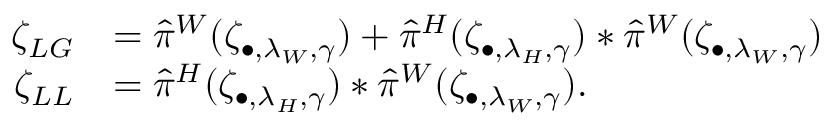
\begin{array} { r l } { \zeta _ { L G } } & { = \hat { \pi } ^ { W } ( \zeta _ { \bullet , \lambda _ { W } , \gamma } ) + \hat { \pi } ^ { H } ( \zeta _ { \bullet , \lambda _ { H } , \gamma } ) * \hat { \pi } ^ { W } ( \zeta _ { \bullet , \lambda _ { W } , \gamma } ) } \\ { \zeta _ { L L } } & { = \hat { \pi } ^ { H } ( \zeta _ { \bullet , \lambda _ { H } , \gamma } ) * \hat { \pi } ^ { W } ( \zeta _ { \bullet , \lambda _ { W } , \gamma } ) . } \end{array}